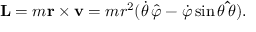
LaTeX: \mathbf { L } = m \mathbf { r } \times \mathbf { v } = m r ^ { 2 } ( { \dot { \theta } } \, { \hat { \boldsymbol { \varphi } } } - { \dot { \varphi } } \sin \theta \, \mathbf { \hat { \boldsymbol { \theta } } } ) .